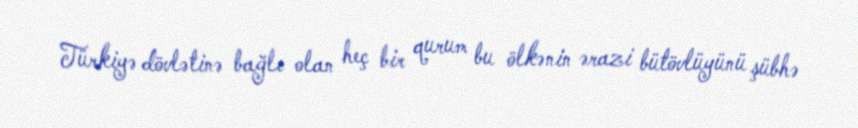
Türkiyə dövlətinə bağlı olan heç bir qurum bu ölkənin ərazi bütövlüyünü şübhə